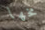
مخها